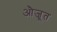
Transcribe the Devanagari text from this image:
औजूत